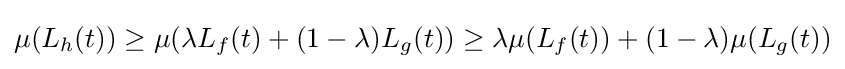
{\textstyle \mu (L_{h}(t))\geq \mu (\lambda L_{f}(t)+(1-\lambda )L_{g}(t))\geq \lambda \mu (L_{f}(t))+(1-\lambda )\mu (L_{g}(t))}